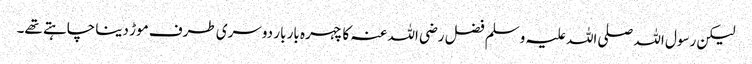
لیکن رسول اللہ صلی اللہ علیہ وسلم فضل رضی اللہ عنہ کا چہرہ بار بار دوسری طرف موڑ دینا چاہتے تھے۔